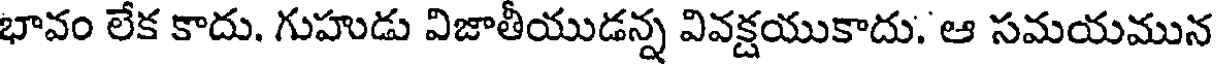
భావం లేక కాదు. గుహుడు విజాతీయుడన్న వివక్షయుకాదు. ఆ సమయమున